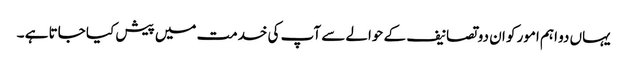
یہاں دو اہم امور کو ان دو تصانیف کے حوالے سے آپ کی خدمت میں پیش کیا جاتا ہے ۔